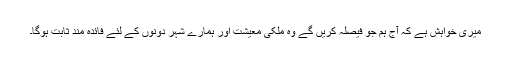
میری خواہش ہے کہ آج ہم جو فیصلہ کریں گے وہ ملکی معیشت اور ہمارے شہر دونوں کے لئے فائدہ مند ثابت ہوگا۔